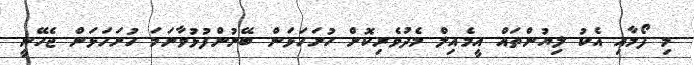
މި ފޯމާއި އެކު ލިޔުންތައް އީމެއިލް މެދުވެރިކޮށް ހުށަހަޅަން ބޭނުންފުޅުވާނަމަ ހުށަހަޅަން ޖެހޭނީ